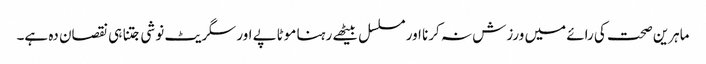
ماہرین صحت کی رائے میں ورزش نہ کرنا اور مسلسل بیٹھے رہنا موٹاپے اور سگریٹ نوشی جتنا ہی نقصان دہ ہے۔